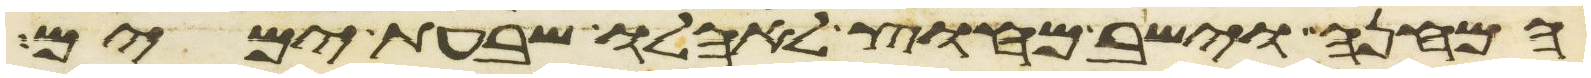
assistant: המחנה וישב מחוץ לאהלו שבעת ימים